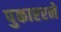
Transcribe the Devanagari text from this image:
पुकाररने